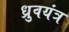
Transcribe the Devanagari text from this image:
ध्रुवयंत्र